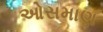
ઓસમાણ